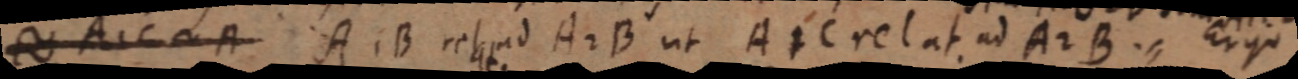
≈ A1C _ A A. B rel ad A2B ut A 1 C rel at ad A 2 B. Ergo